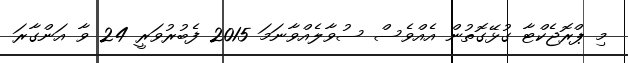
މި ޕްރޮޖެކްޓާ ގުޅޭގޮތުން އެއްވެސް ސުވާލެއްވާނަމަ 2015 ފެބުރުވަރީ 24 ވާ އަންގާރަ